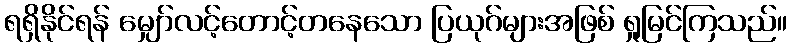
ရရှိနိုင်ရန် မျှော်လင့်တောင့်တနေသော ပြယုဂ်များအဖြစ် ရှုမြင်ကြသည်။